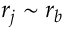
r _ { j } \sim r _ { b }